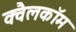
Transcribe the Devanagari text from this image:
क्वैलकॉम